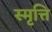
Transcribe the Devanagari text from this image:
स्मृत्ति